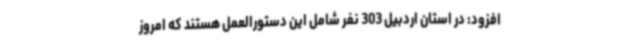
افزود: در استان اردبیل 303 نفر شامل این دستورالعمل هستند که امروز